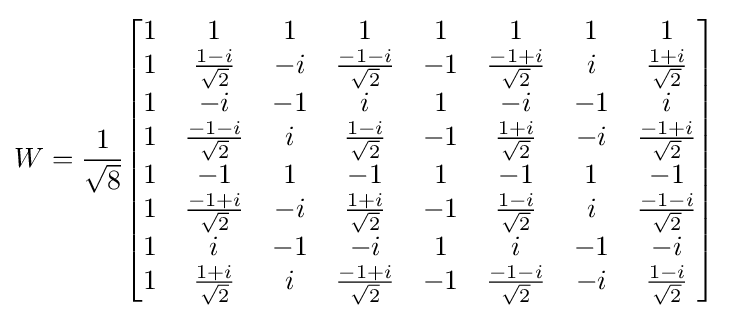
W={\frac {1}{\sqrt {8}}}{\begin{bmatrix}1&1&1&1&1&1&1&1\\1&{\frac {1-i}{\sqrt {2}}}&-i&{\frac {-1-i}{\sqrt {2}}}&-1&{\frac {-1+i}{\sqrt {2}}}&i&{\frac {1+i}{\sqrt {2}}}\\1&-i&-1&i&1&-i&-1&i\\1&{\frac {-1-i}{\sqrt {2}}}&i&{\frac {1-i}{\sqrt {2}}}&-1&{\frac {1+i}{\sqrt {2}}}&-i&{\frac {-1+i}{\sqrt {2}}}\\1&-1&1&-1&1&-1&1&-1\\1&{\frac {-1+i}{\sqrt {2}}}&-i&{\frac {1+i}{\sqrt {2}}}&-1&{\frac {1-i}{\sqrt {2}}}&i&{\frac {-1-i}{\sqrt {2}}}\\1&i&-1&-i&1&i&-1&-i\\1&{\frac {1+i}{\sqrt {2}}}&i&{\frac {-1+i}{\sqrt {2}}}&-1&{\frac {-1-i}{\sqrt {2}}}&-i&{\frac {1-i}{\sqrt {2}}}\\\end{bmatrix}}